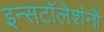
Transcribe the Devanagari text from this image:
इन्सटॉलेशंनों